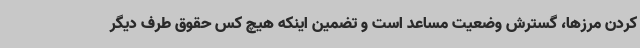
کردن مرزها، گسترش وضعیت مساعد است و تضمین اینکه هیچ کس حقوق طرف دیگر